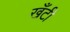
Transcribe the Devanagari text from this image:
खँटी